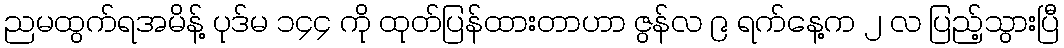
ညမထွက်ရအမိန့် ပုဒ်မ ၁၄၄ ကို ထုတ်ပြန်ထားတာဟာ ဇွန်လ ၉ ရက်နေ့က ၂ လ ပြည့်သွားပြီ